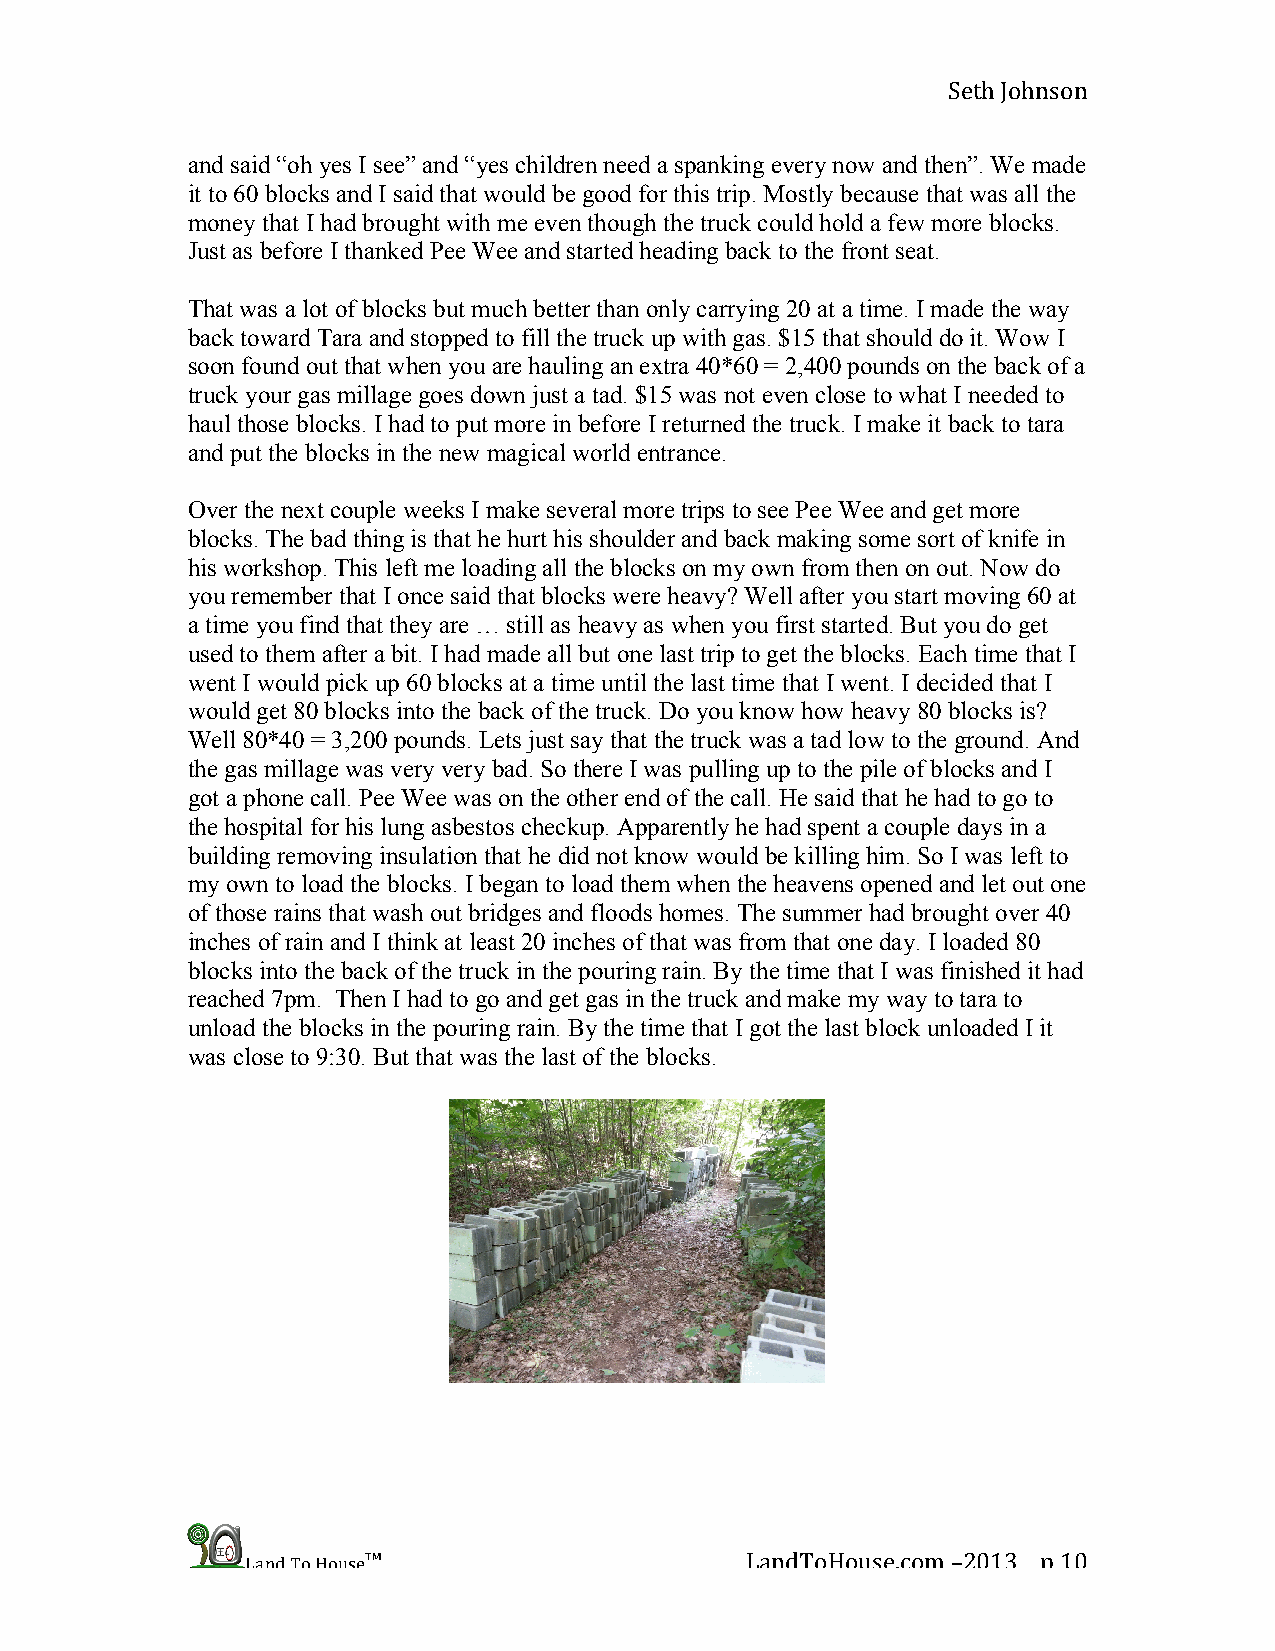
Seth Johnson
 and said “oh yes I see” and “yes children need a spanking every now and then”. We made
 it to 60 blocks and I said that would be good for this trip. Mostly because that was all the
 money that I had brought with me even though the truck could hold a few more blocks.
 Just as before I thanked Pee Wee and started heading back to the front seat.
 That was a lot of blocks but much better than only carrying 20 at a time. I made the way
 back toward Tara and stopped to fill the truck up with gas. $15 that should do it. Wow I
 soon found out that when you are hauling an extra 40*60 = 2,400 pounds on the back of a
 truck your gas millage goes down just a tad. $15 was not even close to what I needed to
 haul those blocks. I had to put more in before I returned the truck. I make it back to tara
 and put the blocks in the new magical world entrance.
 Over the next couple weeks I make several more trips to see Pee Wee and get more
 blocks. The bad thing is that he hurt his shoulder and back making some sort of knife in
 his workshop. This left me loading all the blocks on my own from then on out. Now do
 you remember that I once said that blocks were heavy? Well after you start moving 60 at
 a time you find that they are … still as heavy as when you first started. But you do get
 used to them after a bit. I had made all but one last trip to get the blocks. Each time that I
 went I would pick up 60 blocks at a time until the last time that I went. I decided that I
 would get 80 blocks into the back of the truck. Do you know how heavy 80 blocks is?
 Well 80*40 = 3,200 pounds. Lets just say that the truck was a tad low to the ground. And
 the gas millage was very very bad. So there I was pulling up to the pile of blocks and I
 got a phone call. Pee Wee was on the other end of the call. He said that he had to go to
 the hospital for his lung asbestos checkup. Apparently he had spent a couple days in a
 building removing insulation that he did not know would be killing him. So I was left to
 my own to load the blocks. I began to load them when the heavens opened and let out one
 of those rains that wash out bridges and floods homes. The summer had brought over 40
 inches of rain and I think at least 20 inches of that was from that one day. I loaded 80
 blocks into the back of the truck in the pouring rain. By the time that I was finished it had
 reached 7pm. Then I had to go and get gas in the truck and make my way to tara to
 unload the blocks in the pouring rain. By the time that I got the last block unloaded I it
 was close to 9:30. But that was the last of the blocks.
 Land To House™                   LandToHouse.com –2013 p 10